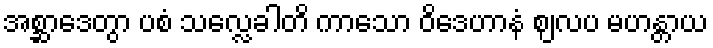
အစ္ဆာဒေတွာ ပစံ သလ္လေခါတိ ကာသော ဝိဒေဟာနံ ဈလပ မဟန္တာယ